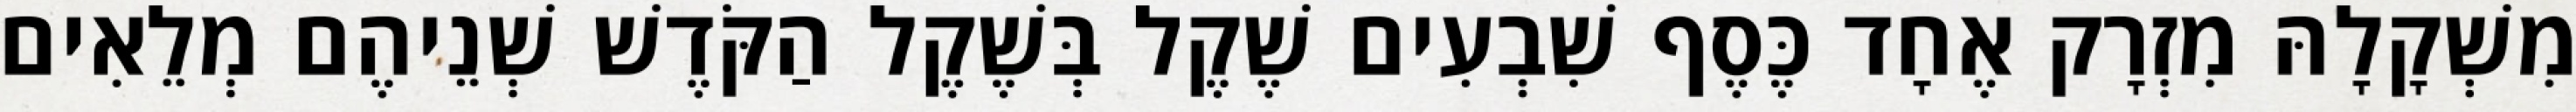
מִשְׁקָלָהּ מִזְרָק אֶחָד כֶּסֶף שִׁבְעִים שֶׁקֶל בְּשֶׁקֶל הַקֹּדֶשׁ שְׁנֵיהֶם מְלֵאִים